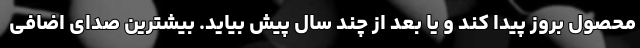
محصول بروز پیدا کند و یا بعد از چند سال پیش بیاید. بیشترین صدای اضافی